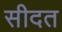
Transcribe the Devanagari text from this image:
सीदत